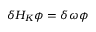
\delta H _ { K } \phi = \delta \omega \phi